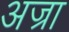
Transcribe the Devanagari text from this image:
अज्रा